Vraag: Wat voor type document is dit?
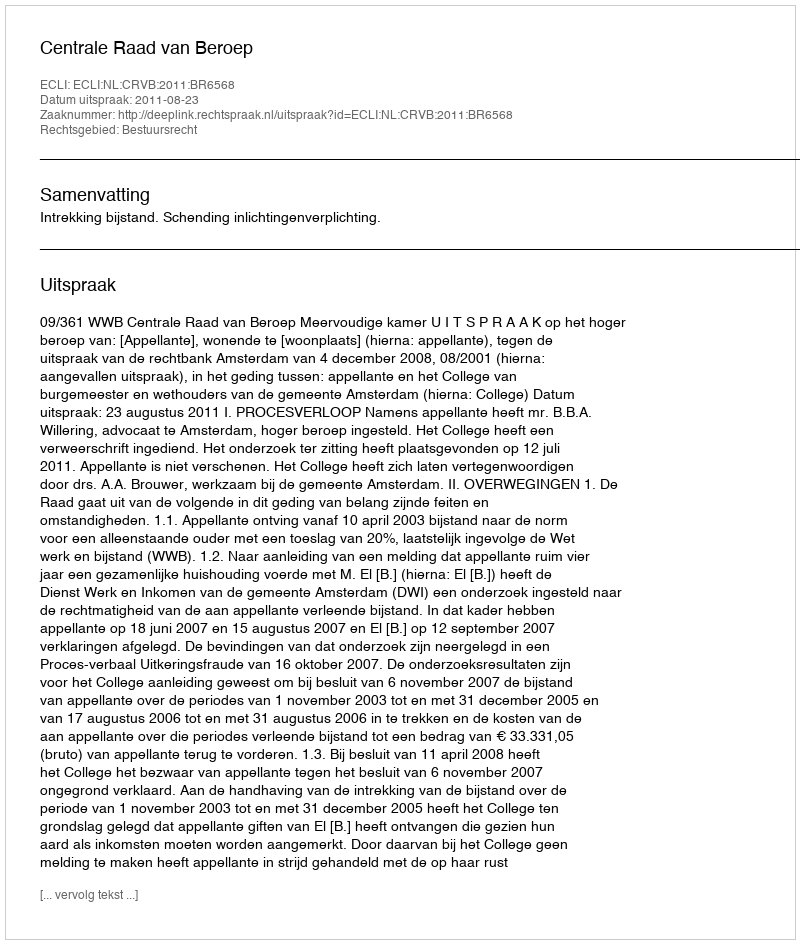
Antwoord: Uitspraak